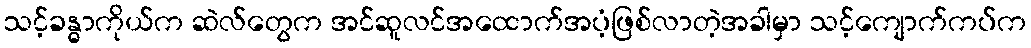
သင့်ခန္ဓာကိုယ်က ဆဲလ်တွေက အင်ဆူလင်အထောက်အပံ့ဖြစ်လာတဲ့အခါမှာ သင့်ကျောက်ကပ်က